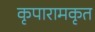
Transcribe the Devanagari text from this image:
कृपारामकृत